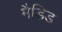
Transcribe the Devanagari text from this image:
मैडिड